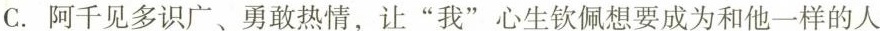
C.阿千见多识广、勇敢热情，让”我”心生钦佩想要成为和他一样的人